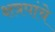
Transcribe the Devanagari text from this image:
क्षत्रपांचे